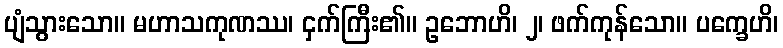
ပျံသွားသော။ မဟာသကုဏဿ၊ ငှက်ကြီး၏။ ဥဘောဟိ၊ ၂၊ ဖက်ကုန်သော။ ပက္ခေဟိ၊